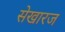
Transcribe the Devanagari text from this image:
सेखारज